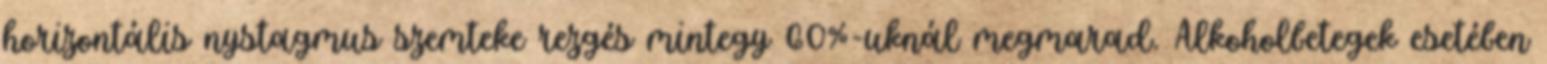
horizontális nystagmus szemteke rezgés mintegy 60%-uknál megmarad. Alkoholbetegek esetében